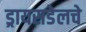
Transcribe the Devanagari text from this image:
ड्रायसडेलचे